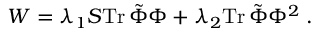
W = \lambda _ { 1 } S \mathrm { T r } \, \tilde { \Phi } \Phi + \lambda _ { 2 } \mathrm { T r } \, \tilde { \Phi } \Phi ^ { 2 } \; .